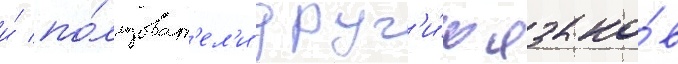
и́ по́льзоват'ел'и друг'и́х языко́в